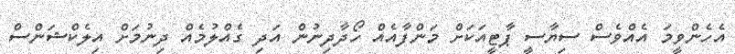
އެހެންވީމަ އެއްވެސް ސިޔާސީ ޕާޓީއަކަށް މަންފާއެއް ހޯދާދިނުން އަދި ގެއްލުމެއް ދިނުމަށް އިލެކްޝަންސް